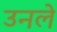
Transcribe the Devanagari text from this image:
उनले